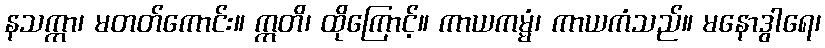
နသက္ကာ၊ မတတ်ကောင်း။ ဣတိ၊ ထိုကြောင့်။ ကာယကမ္မံ၊ ကာယကံသည်။ မနောဒွါရေ၊